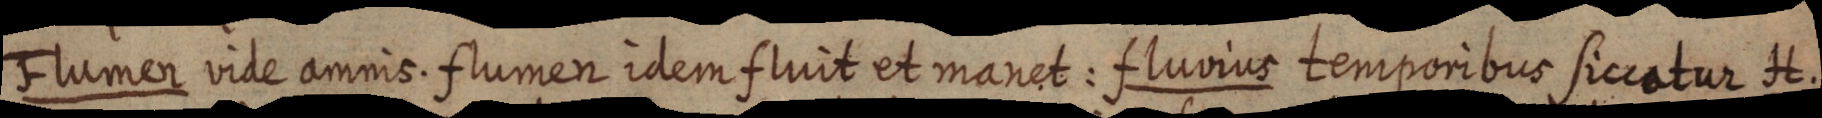
Flumer vile amnis. flumen idem fluit et manet: fluvius temporibus siccatur H.